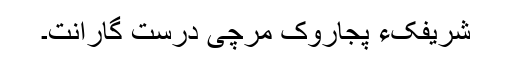
شریفکءِ پجاروک مرچی دُرست گاراَنت۔